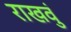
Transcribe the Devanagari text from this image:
राखवुं